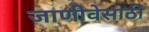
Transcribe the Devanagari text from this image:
जाणीवेसाठी